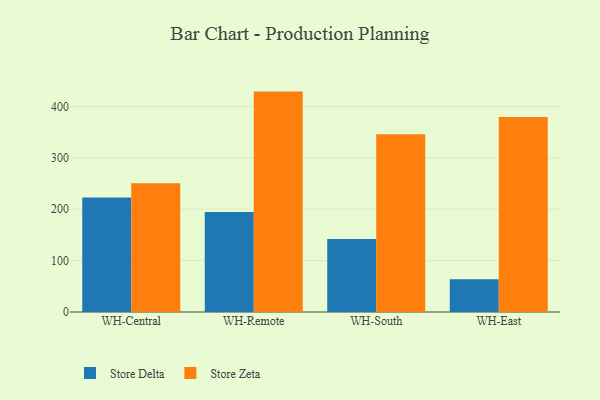
{"axis": {"x": "Warehouse", "y": "Bounce Rate (%)"}, "legend": ["Store Delta", "Store Zeta"], "data": [{"x": "WH-Central", "y": 222.9, "type": "Store Delta"}, {"x": "WH-Central", "y": 250.8, "type": "Store Zeta"}, {"x": "WH-Remote", "y": 194.6, "type": "Store Delta"}, {"x": "WH-Remote", "y": 429.1, "type": "Store Zeta"}, {"x": "WH-South", "y": 141.9, "type": "Store Delta"}, {"x": "WH-South", "y": 345.9, "type": "Store Zeta"}, {"x": "WH-East", "y": 63.9, "type": "Store Delta"}, {"x": "WH-East", "y": 379.7, "type": "Store Zeta"}]}